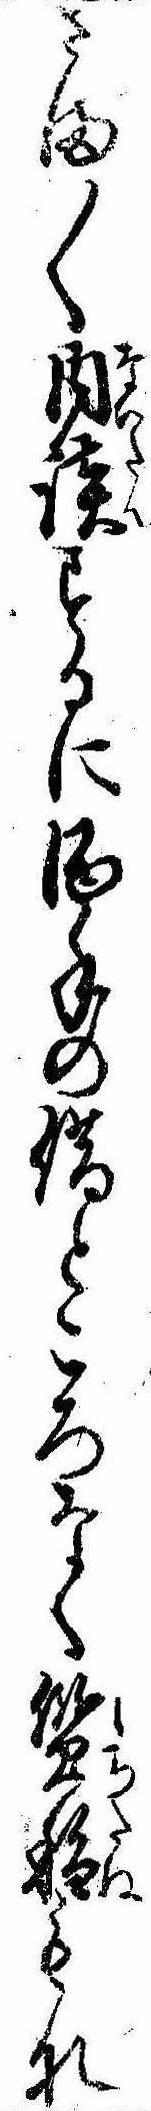
さま〱内談するに酒手の借ところなく質種もな